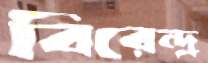
বিরেন্দ্র